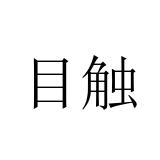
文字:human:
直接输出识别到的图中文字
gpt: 目触